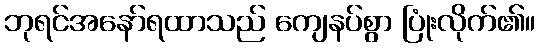
ဘုရင်အနော်ရထာသည် ကျေနပ်စွာ ပြုံးလိုက်၏။